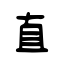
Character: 直